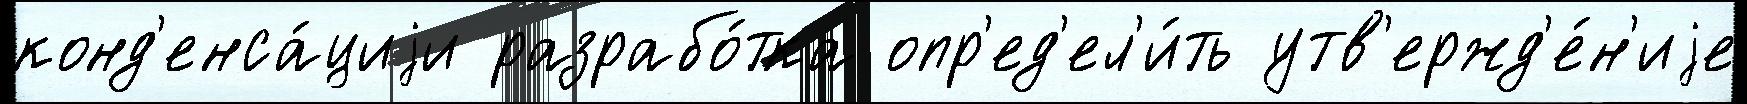
конд'енса́циjи разрабо́тка опр'ед'ел'и́ть утв'ержд'е́н'иjе